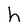
Character: h